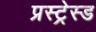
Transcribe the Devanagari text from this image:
प्रस्ट्रेस्ड